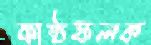
কাষ্ঠফলক